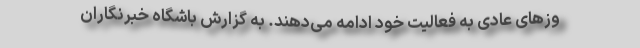
وز‌های عادی به فعالیت خود ادامه می‌دهند. به گزارش باشگاه خبرنگاران